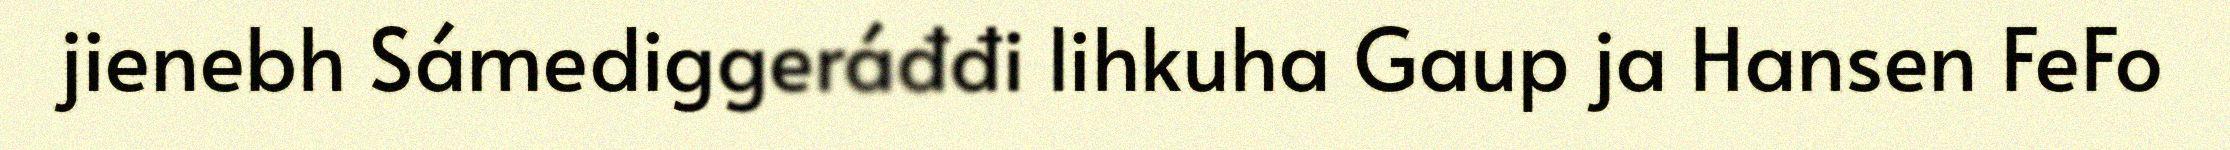
jienebh Sámediggeráđđi lihkuha Gaup ja Hansen FeFo